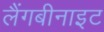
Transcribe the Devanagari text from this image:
लैंगबीनाइट